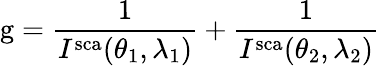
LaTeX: \mathrm{g}=\frac{1}{I^{\mathrm{sca}}(\theta_{1},\lambda_{1})}+\frac{1}{I^{\mathrm{sca}}(\theta_{2},\lambda_{2})}